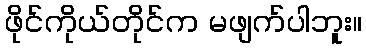
ဖိုင်ကိုယ်တိုင်က မဖျက်ပါဘူး။